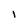
Character: 1